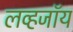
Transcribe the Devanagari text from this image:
लव्हजॉय